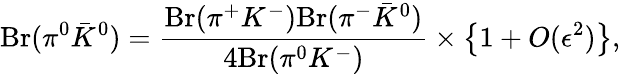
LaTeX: {\displaystyle\mathrm{Br}(\pi^{0}\bar{K}^{0})=\frac{\mathrm{Br}(\pi^{+}K^{-})\mathrm{Br}(\pi^{-}\bar{K}^{0})}{4\mathrm{Br}(\pi^{0}K^{-})}}\times\left\{ 1+O(\epsilon^{2})\right\} ,